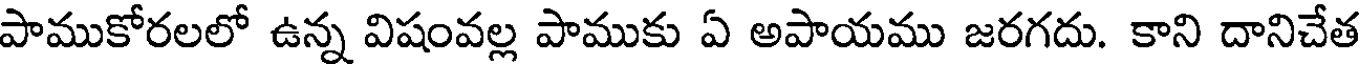
పాముకోరలలో ఉన్న విషంవల్ల పాముకు ఏ అపాయము జరగదు. కాని దానిచేత